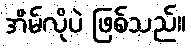
အိမ်လိုပဲ ဖြစ်သည်။